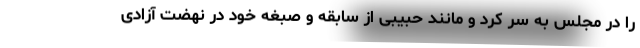
را در مجلس به سر کرد و مانند حبیبی از سابقه و صبغه خود در نهضت آزادی